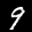
Label: 9